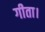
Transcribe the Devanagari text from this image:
गीता।